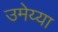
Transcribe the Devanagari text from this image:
उमेय्या